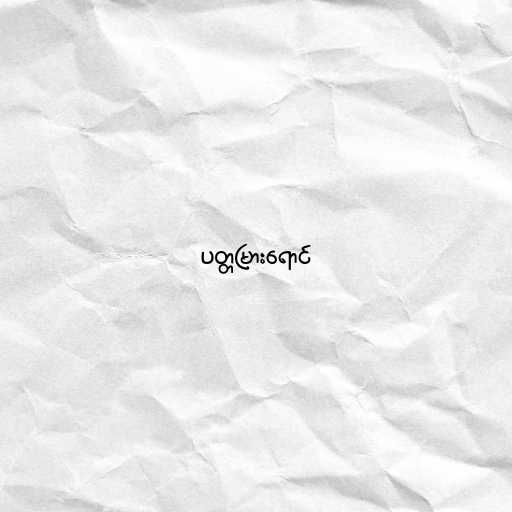
ပတ္တမြားရောင်